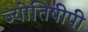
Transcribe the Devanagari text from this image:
ज्योतिषीपी